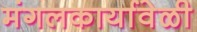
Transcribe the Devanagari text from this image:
मंगलकार्यावेळी